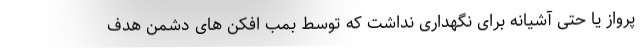
پرواز یا حتی آشیانه برای نگهداری نداشت که توسط بمب افکن های دشمن هدف